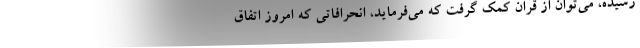
رسیده، می‌توان از قران کمک گرفت که می‌فرماید، انحرافاتی که امروز اتفاق